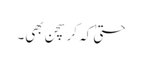
حتیٰ کہ کرسچن بھی۔